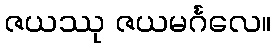
ဇယဿု ဇယမင်္ဂလေ။